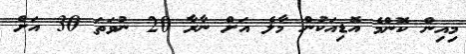
މިއިން ކޮންމެ އޮޑިއަކުން މާލެ އަށް ނާރާ 20 ނުވަތަ 30 އަށް